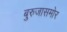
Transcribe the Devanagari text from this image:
बुरुजासमोर